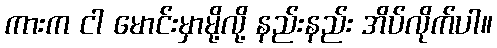
ကားက ငါ မောင်းမှာမို့လို့ နည်းနည်း အိပ်လိုက်ပါ။